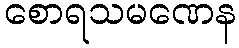
စောရသမဏေန